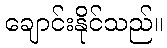
ချောင်းနိုင်သည်။